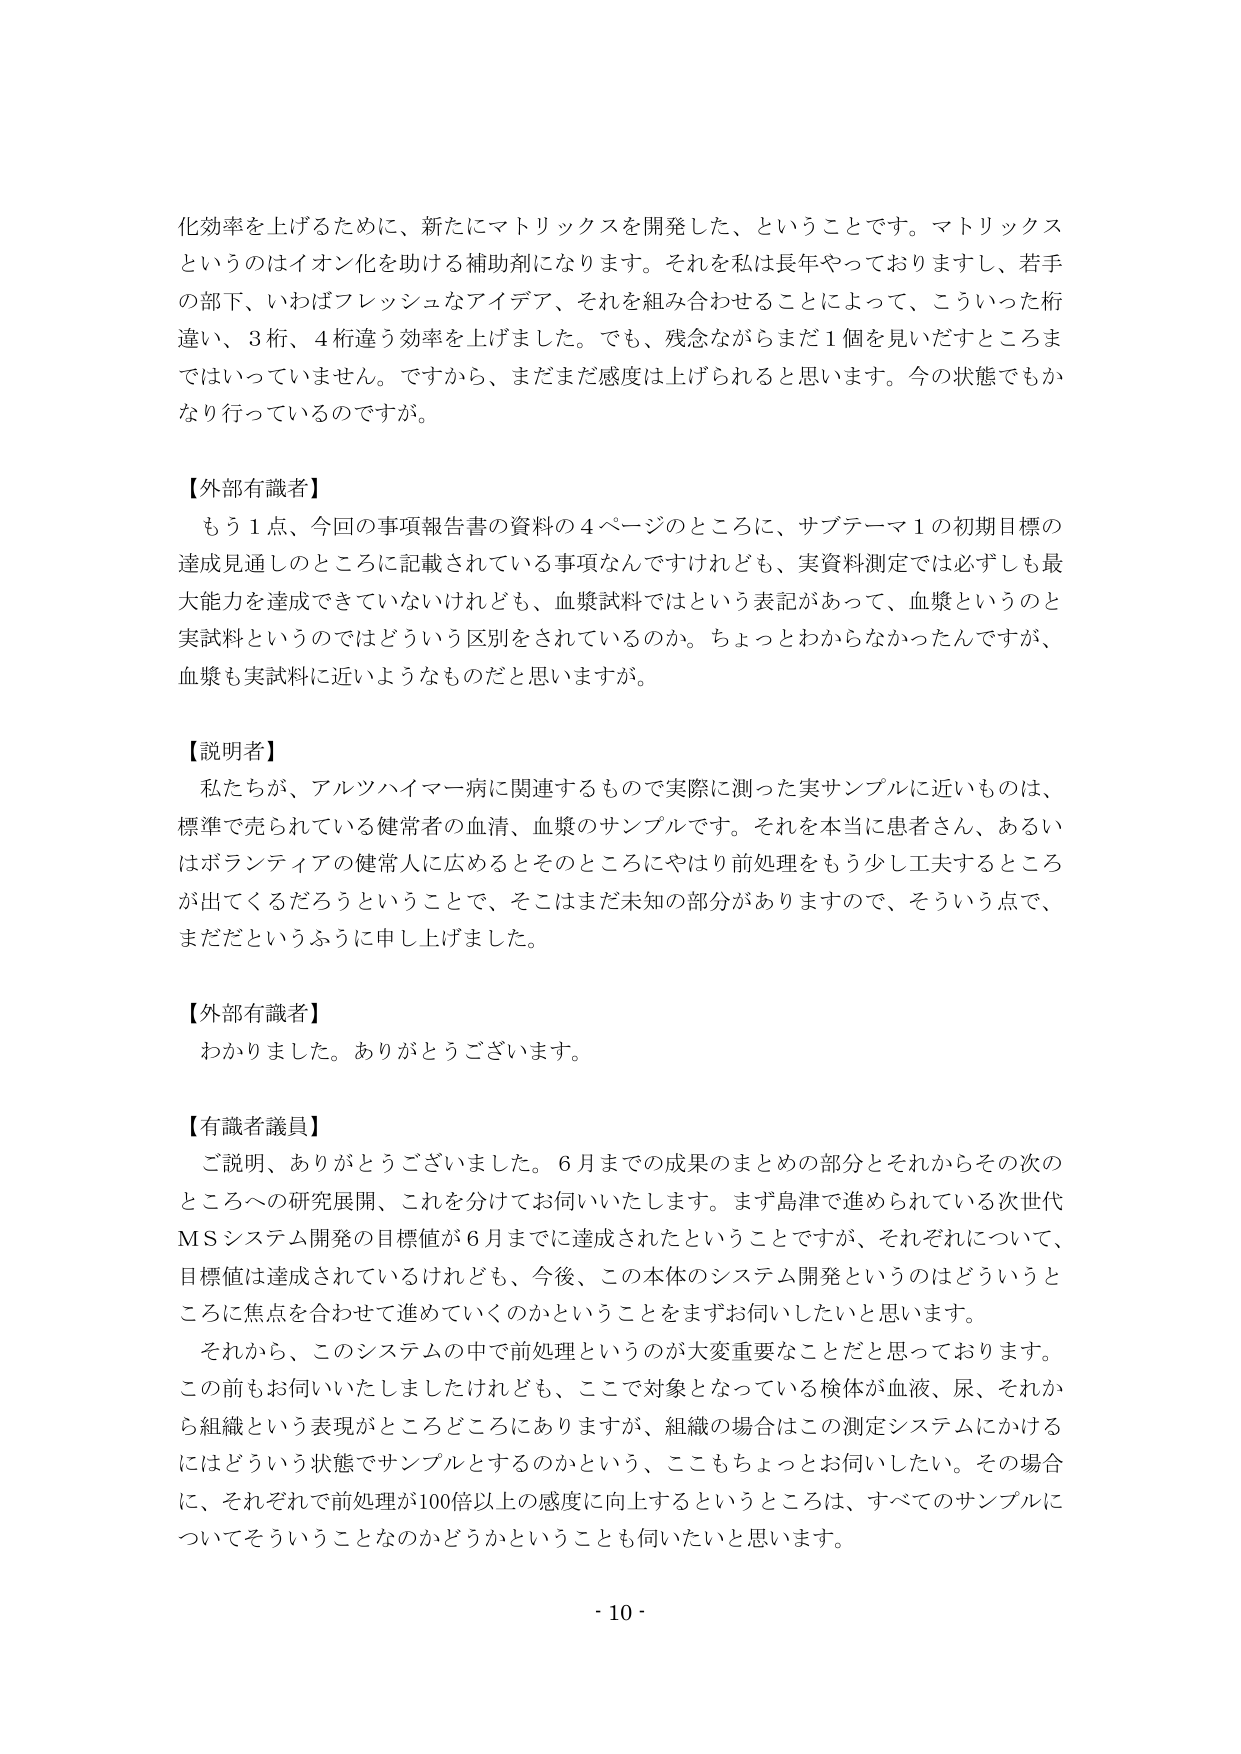
化効率を上げるために、新たにマトリックスを開発した、ということです。マトリックスというのはイオン化を助ける補助剤になります。それを私は長年やっておりますし、若手の部下、いわばフレッシュなアイデア、それを組み合わせることによって、こういった桁違い、3桁、4桁違う効率を上げました。でも、残念ながらまだ1個を見いだすところまではいっていません。ですから、まだまだ感度は上げられると思います。今の状態でもかなり行っているのですが。

【外部有識者】
もう1点、今回の事項報告書の資料の4ページのところに、サブテーマ1の初期目標の達成見通しのところに記載されている事項なんですけれども、実資料測定では必ずしも最大能力を達成できていないけれども、血漿試料ではという表記があって、血漿というのと実試料というのではどういう区別をされているのか。ちょっとわからなかったんですが、血漿も実試料に近いようなものだと思いますが。

【説明者】
私たちが、アルツハイマー病に関連するもので実際に測った実サンプルに近いものは、標準で売られている健常者の血清、血漿のサンプルです。それを本当に患者さん、あるいはボランティアの健常人に広めるところのところにやはり前処理をもう少し工夫するところが出てくるだろうということで、そこはまだ未知の部分がありますので、そういう点で、まだだというふうに申し上げました。

【外部有識者】
わかりました。ありがとうございます。

【有識者議員】
ご説明、ありがとうございました。6月までの成果のまとめの部分とそれからその次のところへの研究展開、これを分けてお伺いいたします。まず島津で進められている次世代MSシステム開発の目標値が6月までに達成されたということですが、それぞれについて、目標値は達成されているけれども、今後、この本体のシステム開発というのはどういうところに焦点を合わせて進めていくのかということをまずお伺いしたいと思います。
それから、このシステムの中で前処理というのが大変重要なことだと思っております。この前もお伺いいたしましたけれども、ここで対象となっている検体が血液、尿、それから組織という表現がところどころにありますが、組織の場合はこの測定システムにかけるにはどういう状態でサンプルとするのかという、ここもちょっとお伺いしたい。その場合に、それぞれで前処理が100倍以上の感度に向上するというところは、すべてのサンプルについてそういうことなのかどうかということも伺いたいと思います。

- 10 -